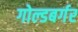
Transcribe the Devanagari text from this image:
गोल्डबर्गर